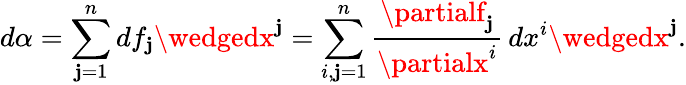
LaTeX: d\alpha=\sum_{\mathbf{j}=1}^{n}df_{\mathbf{j}}\wedgedx^{\mathbf{j}}=\sum_{i,\mathbf{j}=1}^{n}{\frac{{\partialf_{\mathbf{j}}}}{{\partialx^{i}}}}\, dx^{i}\wedgedx^{\mathbf{j}}.